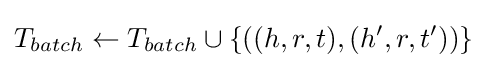
T_{batch}\leftarrow T_{batch}\cup \{((h,r,t),(h',r,t'))\}